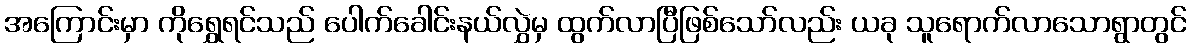
အကြောင်းမှာ ကိုရွှေရင်သည် ပေါက်ခေါင်းနယ်လွှဲမှ ထွက်လာပြီဖြစ်သော်လည်း ယခု သူရောက်လာသောရွာတွင်